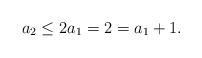
LaTeX: \begin{align*}a_2 \leq 2 a_1 = 2 = a_1 + 1.\end{align*}